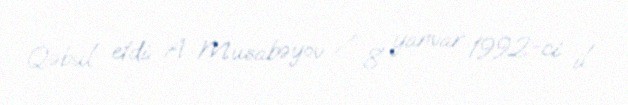
Qəbul etdi: A. Musabəyov / 8 yanvar 1992-ci il